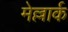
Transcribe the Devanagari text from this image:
मेल्लार्क